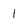
Character: 1